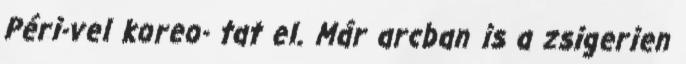
Péri-vel koreo- tat el. Már arcban is a zsigerien